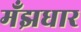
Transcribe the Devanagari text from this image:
मँझधार